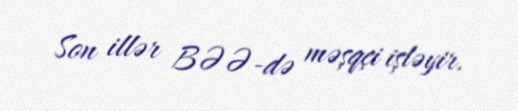
Son illər BƏƏ-də məşqçi işləyir.